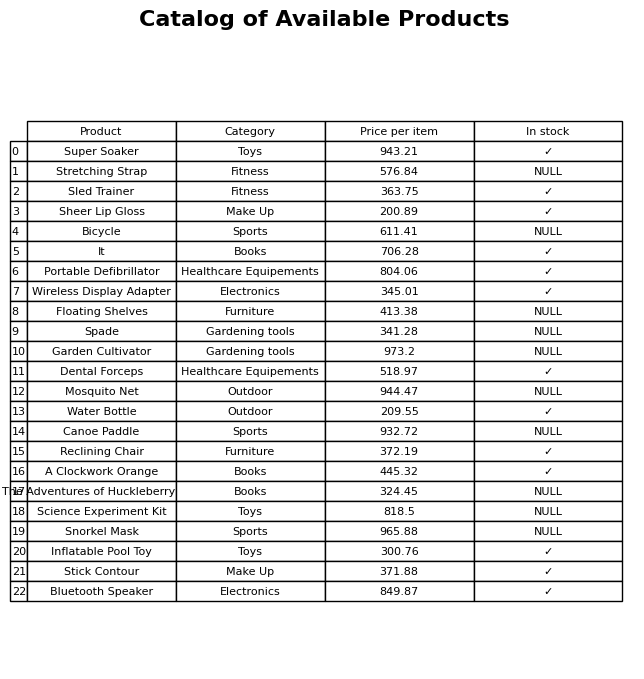
question: What is the stock status of the Sled Trainer?
answer: ✓